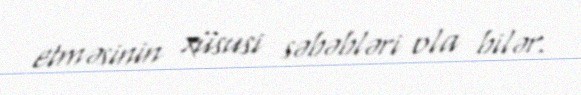
etməsinin xüsusi səbəbləri ola bilər.